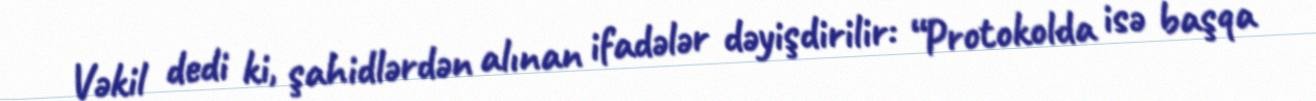
Vəkil dedi ki, şahidlərdən alınan ifadələr dəyişdirilir: “Protokolda isə başqa